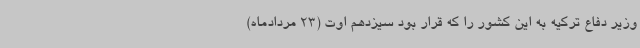
وزیر دفاع ترکیه به این کشور را که قرار بود سیزدهم اوت (23 مردادماه)